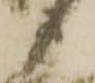
衛